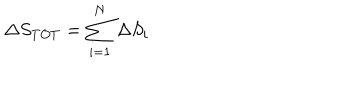
LaTeX: { \Delta } S _ { T O T } = \sum _ { i = 1 } ^ { N } { \Delta } S _ { i }